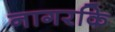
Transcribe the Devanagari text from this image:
नागरकि